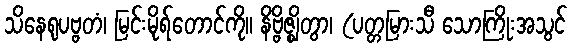
သိနေရုပဗ္ဗတံ၊ မြင်းမိုရ်တောင်ကို။ နိဗ္ဗိဇ္ဈိတွာ၊ (ပတ္တမြားသီ သောကြိုးအသွင်